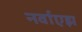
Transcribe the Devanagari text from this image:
नर्वाएझ